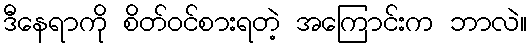
ဒီနေရာကို စိတ်ဝင်စားရတဲ့ အကြောင်းက ဘာလဲ။